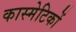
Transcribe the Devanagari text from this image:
कास्मेटिकों